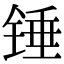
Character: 锤